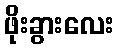
ဖိုးခွားလေး